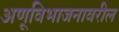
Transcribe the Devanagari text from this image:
अणूविभाजनावरील